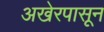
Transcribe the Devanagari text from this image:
अखेरपासून